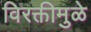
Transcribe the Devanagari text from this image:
विरक्तीमुळे